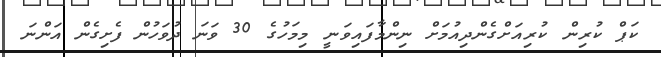
ކަޕް ކުރިން ކުރިއަށްގެންދިއުމަށް ނިންމާފައިވަނީ މިމަހުގެ 30 ވަނަ ދުވަހުން ފެށިގެން އަންނަ